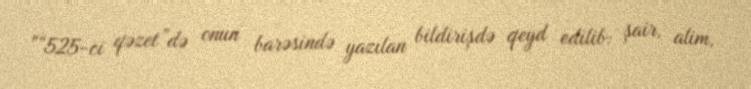
"“525-ci qəzet”də onun barəsində yazılan bildirişdə qeyd edilib: şair, alim,